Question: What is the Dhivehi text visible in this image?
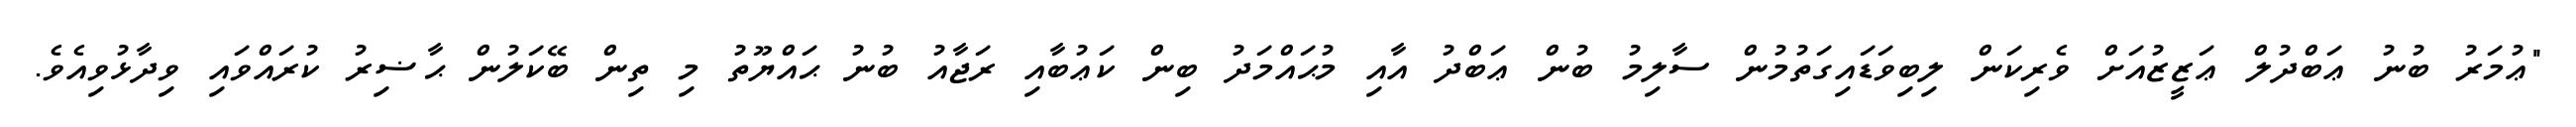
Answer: "ޢުމަރު ބުނު ޢަބްދުލް ޢަޒީޒުއަށް ވެރިކަން ލިބިވަޑައިގަތުމުން ސާލިމު ބުން ޢަބްދު އާއި މުޙައްމަދު ބިން ކަޢުބާއި ރަޖާއު ބުނު ޙައްޔޫތު މި ތިން ބޭކަލުން ޙާޟިރު ކުރައްވައި ވިދާޅުވިއެވެ.